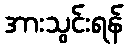
အားသွင်းရန်